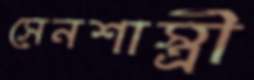
সেনশাস্ত্রী